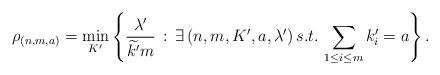
LaTeX: \begin{align*}\rho_{(n,m,a)}=\min_{K'}\left\{\frac{\lambda'}{\widetilde{k'}m}\,:\,\exists\, (n,m,K',a,\lambda')\, s.t.\, \sum_{1\leq i\leq m}k'_i=a\right\}.\end{align*}